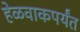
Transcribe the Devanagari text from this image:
हेळवाकपर्यंत